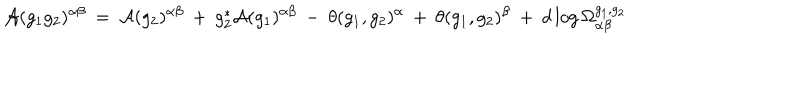
{ \cal A } ( g _ { 1 } g _ { 2 } ) ^ { \alpha \beta } \: = \: { \cal A } ( g _ { 2 } ) ^ { \alpha \beta } \: + \: g _ { 2 } ^ { * } { \cal A } ( g _ { 1 } ) ^ { \alpha \beta } \: - \: \theta ( g _ { 1 } , g _ { 2 } ) ^ { \alpha } \: + \: \theta ( g _ { 1 } , g _ { 2 } ) ^ { \beta } \: + \: d \log \Omega _ { \alpha \beta } ^ { g _ { 1 } , g _ { 2 } }